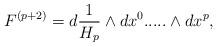
LaTeX: \begin{align*}F^{(p+2)}=d{1\over H_p}\wedge dx^0.....\wedge dx^p,\end{align*}